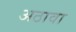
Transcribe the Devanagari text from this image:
अठावा